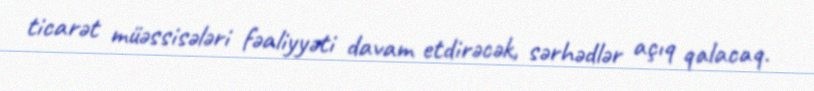
ticarət müəssisələri fəaliyyəti davam etdirəcək, sərhədlər açıq qalacaq.